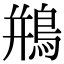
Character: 鵧